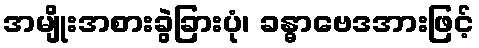
အမျိုးအစားခွဲခြားပုံ၊ ခန္ဓာဗေဒအားဖြင့်